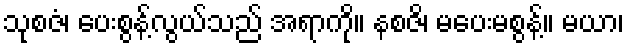
သုစဇံ၊ ပေးစွန့်လွယ်သည် အရာကို။ နစဇိ၊ မပေးမစွန့်။ မယာ၊